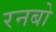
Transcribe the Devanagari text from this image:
रनबो